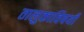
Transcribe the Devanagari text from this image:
तालुकाविषयी